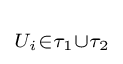
\scriptstyle U_{i}\in \tau _{1}\cup \tau _{2}